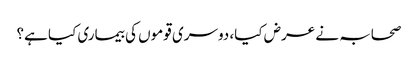
صحابہ نے عرض کیا، دوسری قوموں کی بیماری کیا ہے؟